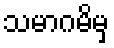
သမာဂမိမှ